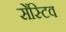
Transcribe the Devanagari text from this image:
सेंस्टिव